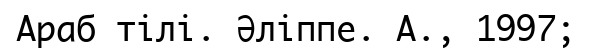
Араб тілі. Әліппе. А., 1997;